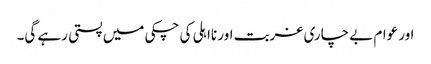
اور عوام بے چاری غربت اور نااہلی کی چکی میں پستی رہے گی۔